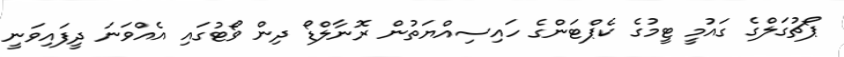
ޕޯޗުގަލްގެ ގައުމީ ޓީމުގެ ކެޕްޓަންގެ ހައިސިއްޔަތުން ރޮނާލްޑޯ ދިން ވޯޓުގައި އެއްވަނަ ދީފައިވަނީ